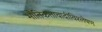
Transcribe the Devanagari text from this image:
भौतिकतावादीविश्लेषण